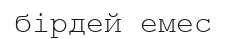
бірдей емес